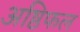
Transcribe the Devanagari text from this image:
अष्ठिफल